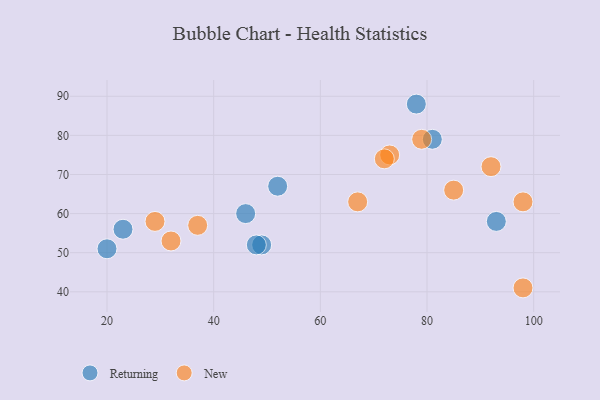
{"axis": {"x": "GDP", "y": "Life Expectancy"}, "legend": ["New", "Returning"], "data": [{"x": "78", "y": 88, "type": "Returning"}, {"x": "23", "y": 56, "type": "Returning"}, {"x": "46", "y": 60, "type": "Returning"}, {"x": "49", "y": 52, "type": "Returning"}, {"x": "93", "y": 58, "type": "Returning"}, {"x": "81", "y": 79, "type": "Returning"}, {"x": "52", "y": 67, "type": "Returning"}, {"x": "48", "y": 52, "type": "Returning"}, {"x": "20", "y": 51, "type": "Returning"}, {"x": "85", "y": 66, "type": "New"}, {"x": "73", "y": 75, "type": "New"}, {"x": "98", "y": 63, "type": "New"}, {"x": "72", "y": 74, "type": "New"}, {"x": "32", "y": 53, "type": "New"}, {"x": "67", "y": 63, "type": "New"}, {"x": "92", "y": 72, "type": "New"}, {"x": "79", "y": 79, "type": "New"}, {"x": "29", "y": 58, "type": "New"}, {"x": "98", "y": 41, "type": "New"}, {"x": "37", "y": 57, "type": "New"}]}